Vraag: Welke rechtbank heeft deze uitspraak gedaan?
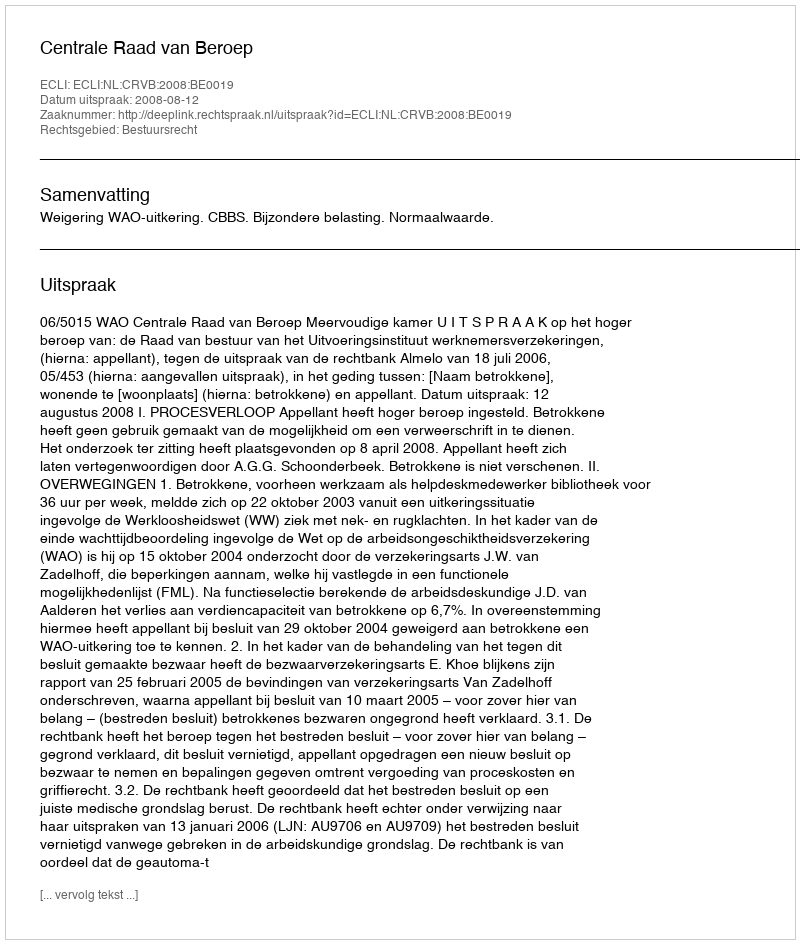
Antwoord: Centrale Raad van Beroep